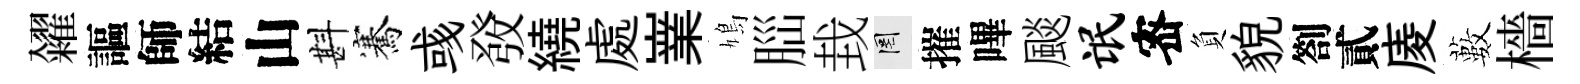
糴謳師結山斟騫彧𤼲繞處嶪鳩𦛁㘽罔摧嗶颷氓宻負貌劄貳庱藪檣